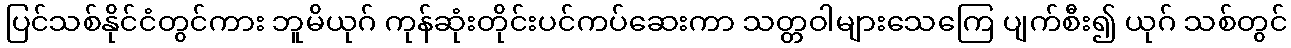
ပြင်သစ်နိုင်ငံတွင်ကား ဘူမိယုဂ် ကုန်ဆုံးတိုင်းပင်ကပ်ဆေးကာ သတ္တဝါများသေကြေ ပျက်စီး၍ ယုဂ် သစ်တွင်